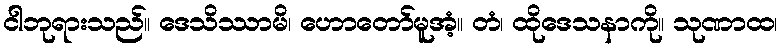
ငါဘုရားသည်။ ဒေသိဿာမိ၊ ဟောတော်မူအံ့။ တံ၊ ထိုဒေသနာကို။ သုဏာထ၊